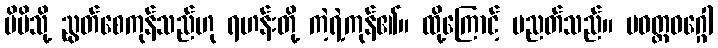
မိမိသို့ ညွတ်စေကုန်သည်ဟု ရဟန်းတို့ ကဲ့ရဲ့ကုန်၏။ ထို့ကြောင့် ပညတ်သည်။ ပဝတ္တဝဂ္ဂေါ